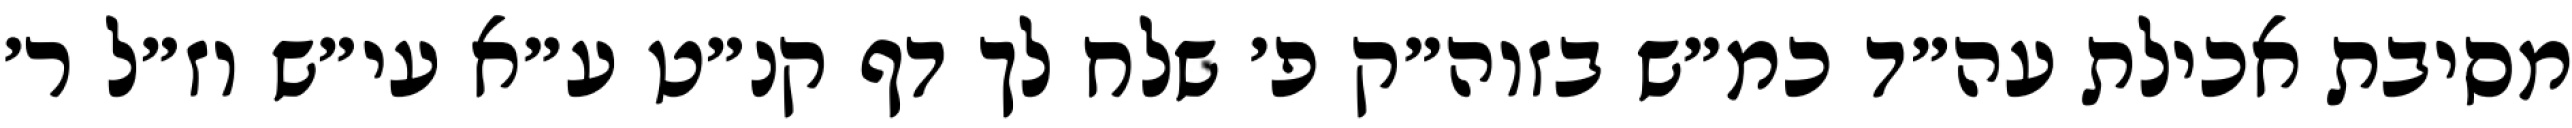
מסיבת אכילת עה״ד כמ״ש בזוה״ק פ׳ שלח לך דף קנ״ט ע״א עי״ש וז״ל ר׳